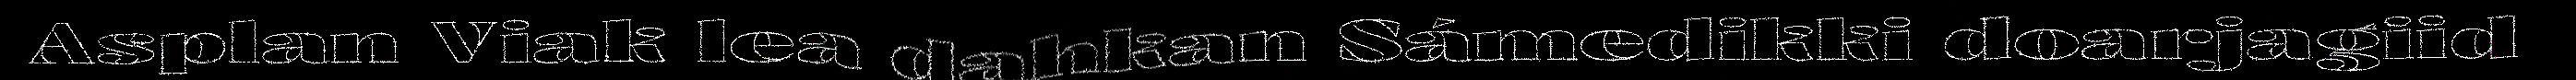
Asplan Viak lea dahkan Sámedikki doarjagiid